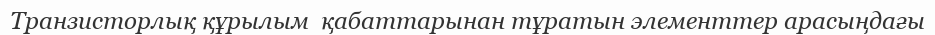
Транзисторлық құрылым  қабаттарынан тұратын элементтер арасыңдағы